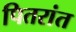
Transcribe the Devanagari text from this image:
पितरांत